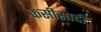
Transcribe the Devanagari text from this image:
कसीसादी